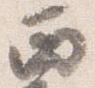
西